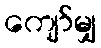
ကျော်မျှ